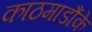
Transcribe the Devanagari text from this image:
काठमाडौंके